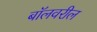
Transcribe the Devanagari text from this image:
बॉलवरील